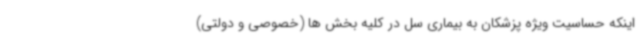
اینکه حساسیت ویژه پزشکان به بیماری سل در کلیه بخش ها (خصوصی و دولتی)